Indian journal of veterinary science and animal husbandry - Volume 7,
Year: 1937
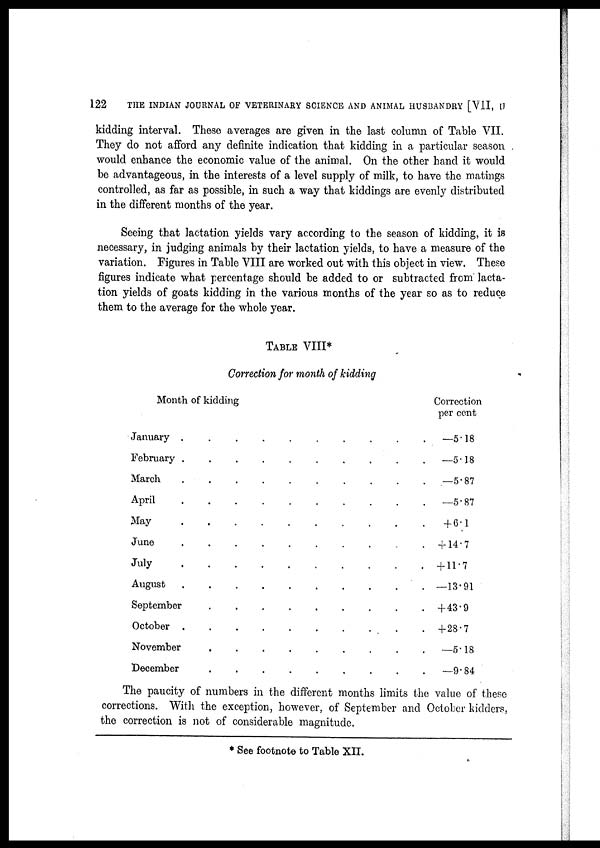
122
THE INDIAN JOURNAL OF VETERINARY SCIENCE AND ANIMAL HUSBANDRY [VII, II
kidding interval. These averages are given in the last column of Table VII.
They do not afford any definite indication that kidding in a particular season
would enhance the economic value of the animal. On the other hand it would
be advantageous, in the interests of a level supply of milk, to have the matings
controlled, as far as possible, in such a way that kiddings are evenly distributed
in the different months of the year.
Seeing that lactation yields vary according to the season of kidding, it is
necessary, in judging animals by their lactation yields, to have a measure of the
variation. Figures in Table VIII are worked out with this object in view. These
figures indicate what percentage should be added to or subtracted from lacta-
tion yields of goats kidding in the various months of the year so as to reduce
them to the average for the whole year.
TABLE VIII.
Correction for month of kidding
Month of kidding
January . . . . . . . . . . .
February . . . . . . . . . . .
March . . . . . . . . . . .
April . . . . . . . . . . .
May . . . . . . . . . . .
June . . . . . . . . . . .
July . . . . . . . . . . .
August . . . . . . . . . . .
September . . . . . . . . . . .
October . . . . . . . . . . .
November . . . . . . . . . . .
December . . . . . . . . . . .
Correction
per cent
—5.18
—5.18
—5.87
—5.87
+ 6.1
+14.7
+11.7
—13.91
+43.9
+28.7
—5.18
—9.84
The paucity of numbers in the different months limits the value of these
corrections. With the exception, however, of September and October kidders,
the correction is not of considerable magnitude.
* See footnote to Table XII.